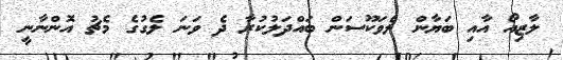
ލާޒިއޯ އާއި ބަޔާން ލެވަކޫސަން ބައްދަލުކުރާ ދެ ވަނަ ލެގުގެ މެޗު އޮންނާނީ